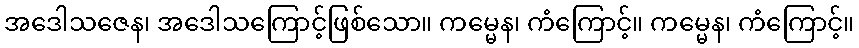
အဒေါသဇေန၊ အဒေါသကြောင့်ဖြစ်သော။ ကမ္မေန၊ ကံကြောင့်။ ကမ္မေန၊ ကံကြောင့်။